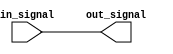
module compensated_buffer (
    input wire in_signal,
    output reg out_signal
);

// Compensation logic for handling signal delays and skew issues
// Level shifting logic for bidirectional communication

always @ (in_signal)
begin
    out_signal <= in_signal;
end

endmodule